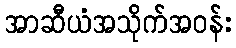
အာဆီယံအသိုက်အဝန်း